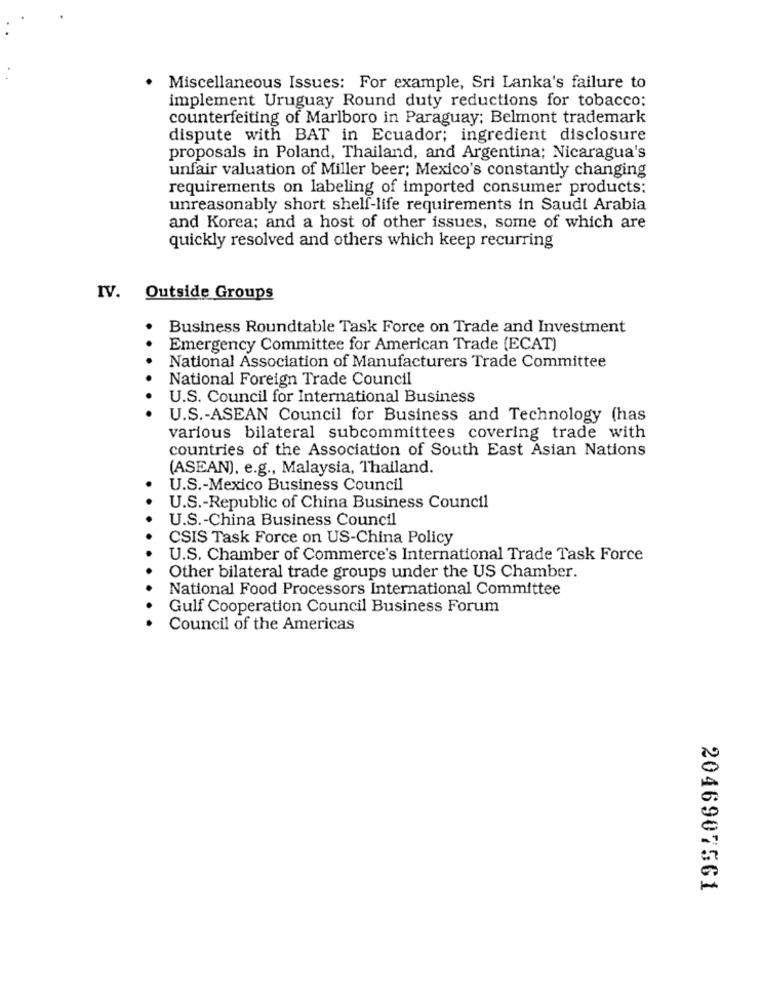
Miscellaneous Issues: For example, Sri Lanka's failure to
implement Uruguay Round duty reductions for tobacco:
counterfeiting of Marlboro in Paraguay; Belmont trademark
dispute with BAT in Ecuador; ingredient disclosure
proposals in Poland, Thailand, and Argentina; Nicaragua's
unfair valuation of Miller beer; Mexico's constantly changing
requirements on labeling of imported consumer products:
unreasonably short shelf-life requirements in Saudi Arabia
and Korea; and a host of other issues, some of which are
quickly resolved and others which keep recurring
IV. Outside Groups
Business Roundtable Task Force on Trade and Investment
Emergency Committee for American Trade (ECAT)
National Association of Manufacturers Trade Committee
National Foreign Trade Council
U.S. Council for International Business
U.S .- ASEAN Council for Business and Technology (has
various bilateral subcommittees covering trade with
countries of the Association of South East Asian Nations
(ASEAN), e.g ., Malaysia, Thailand.
U.S .- Mexico Business Council
U.S .- Republic of China Business Council
U.S .- China Business Council
CSIS Task Force on US-China Policy
U.S. Chamber of Commerce's International Trade Task Force
Other bilateral trade groups under the US Chamber.
National Food Processors International Committee
Gulf Cooperation Council Business Forum
Council of the Americas
2046907561